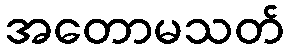
အတောမသတ်